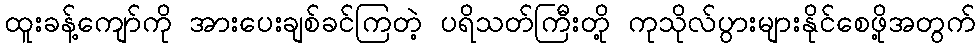
ထူးခန့်ကျော်ကို အားပေးချစ်ခင်ကြတဲ့ ပရိသတ်ကြီးတို့ ကုသိုလ်ပွားများနိုင်စေဖို့အတွက်